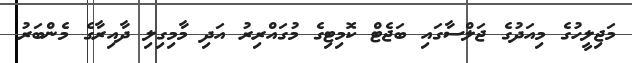
މަޖިލީހުގެ މިއަދުގެ ޖަލްސާގައި ބަޖެޓް ކޮމިޓިގެ މުގައްރިރު އަދި މާމިގިލި ދާއިރާގެ މެންބަރު